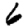
Digit: 6